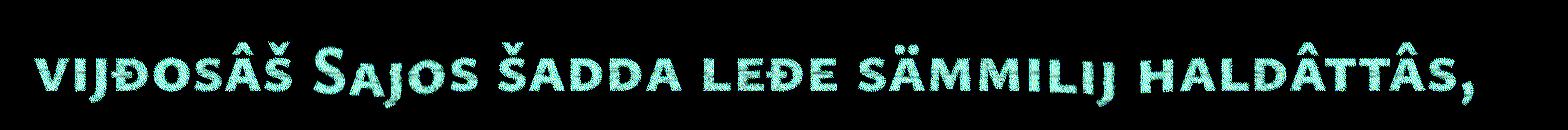
vijđosâš Sajos šadda leđe sämmilij haldâttâs,